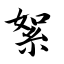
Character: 絮